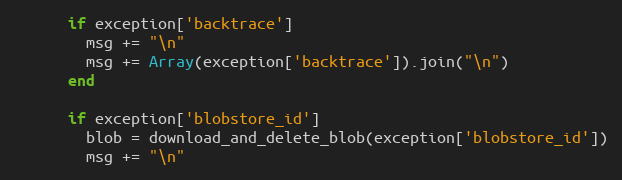
Language: Ruby
      if exception['backtrace']
        msg += "\n"
        msg += Array(exception['backtrace']).join("\n")
      end

      if exception['blobstore_id']
        blob = download_and_delete_blob(exception['blobstore_id'])
        msg += "\n"